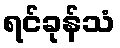
ရင်ခုန်သံ